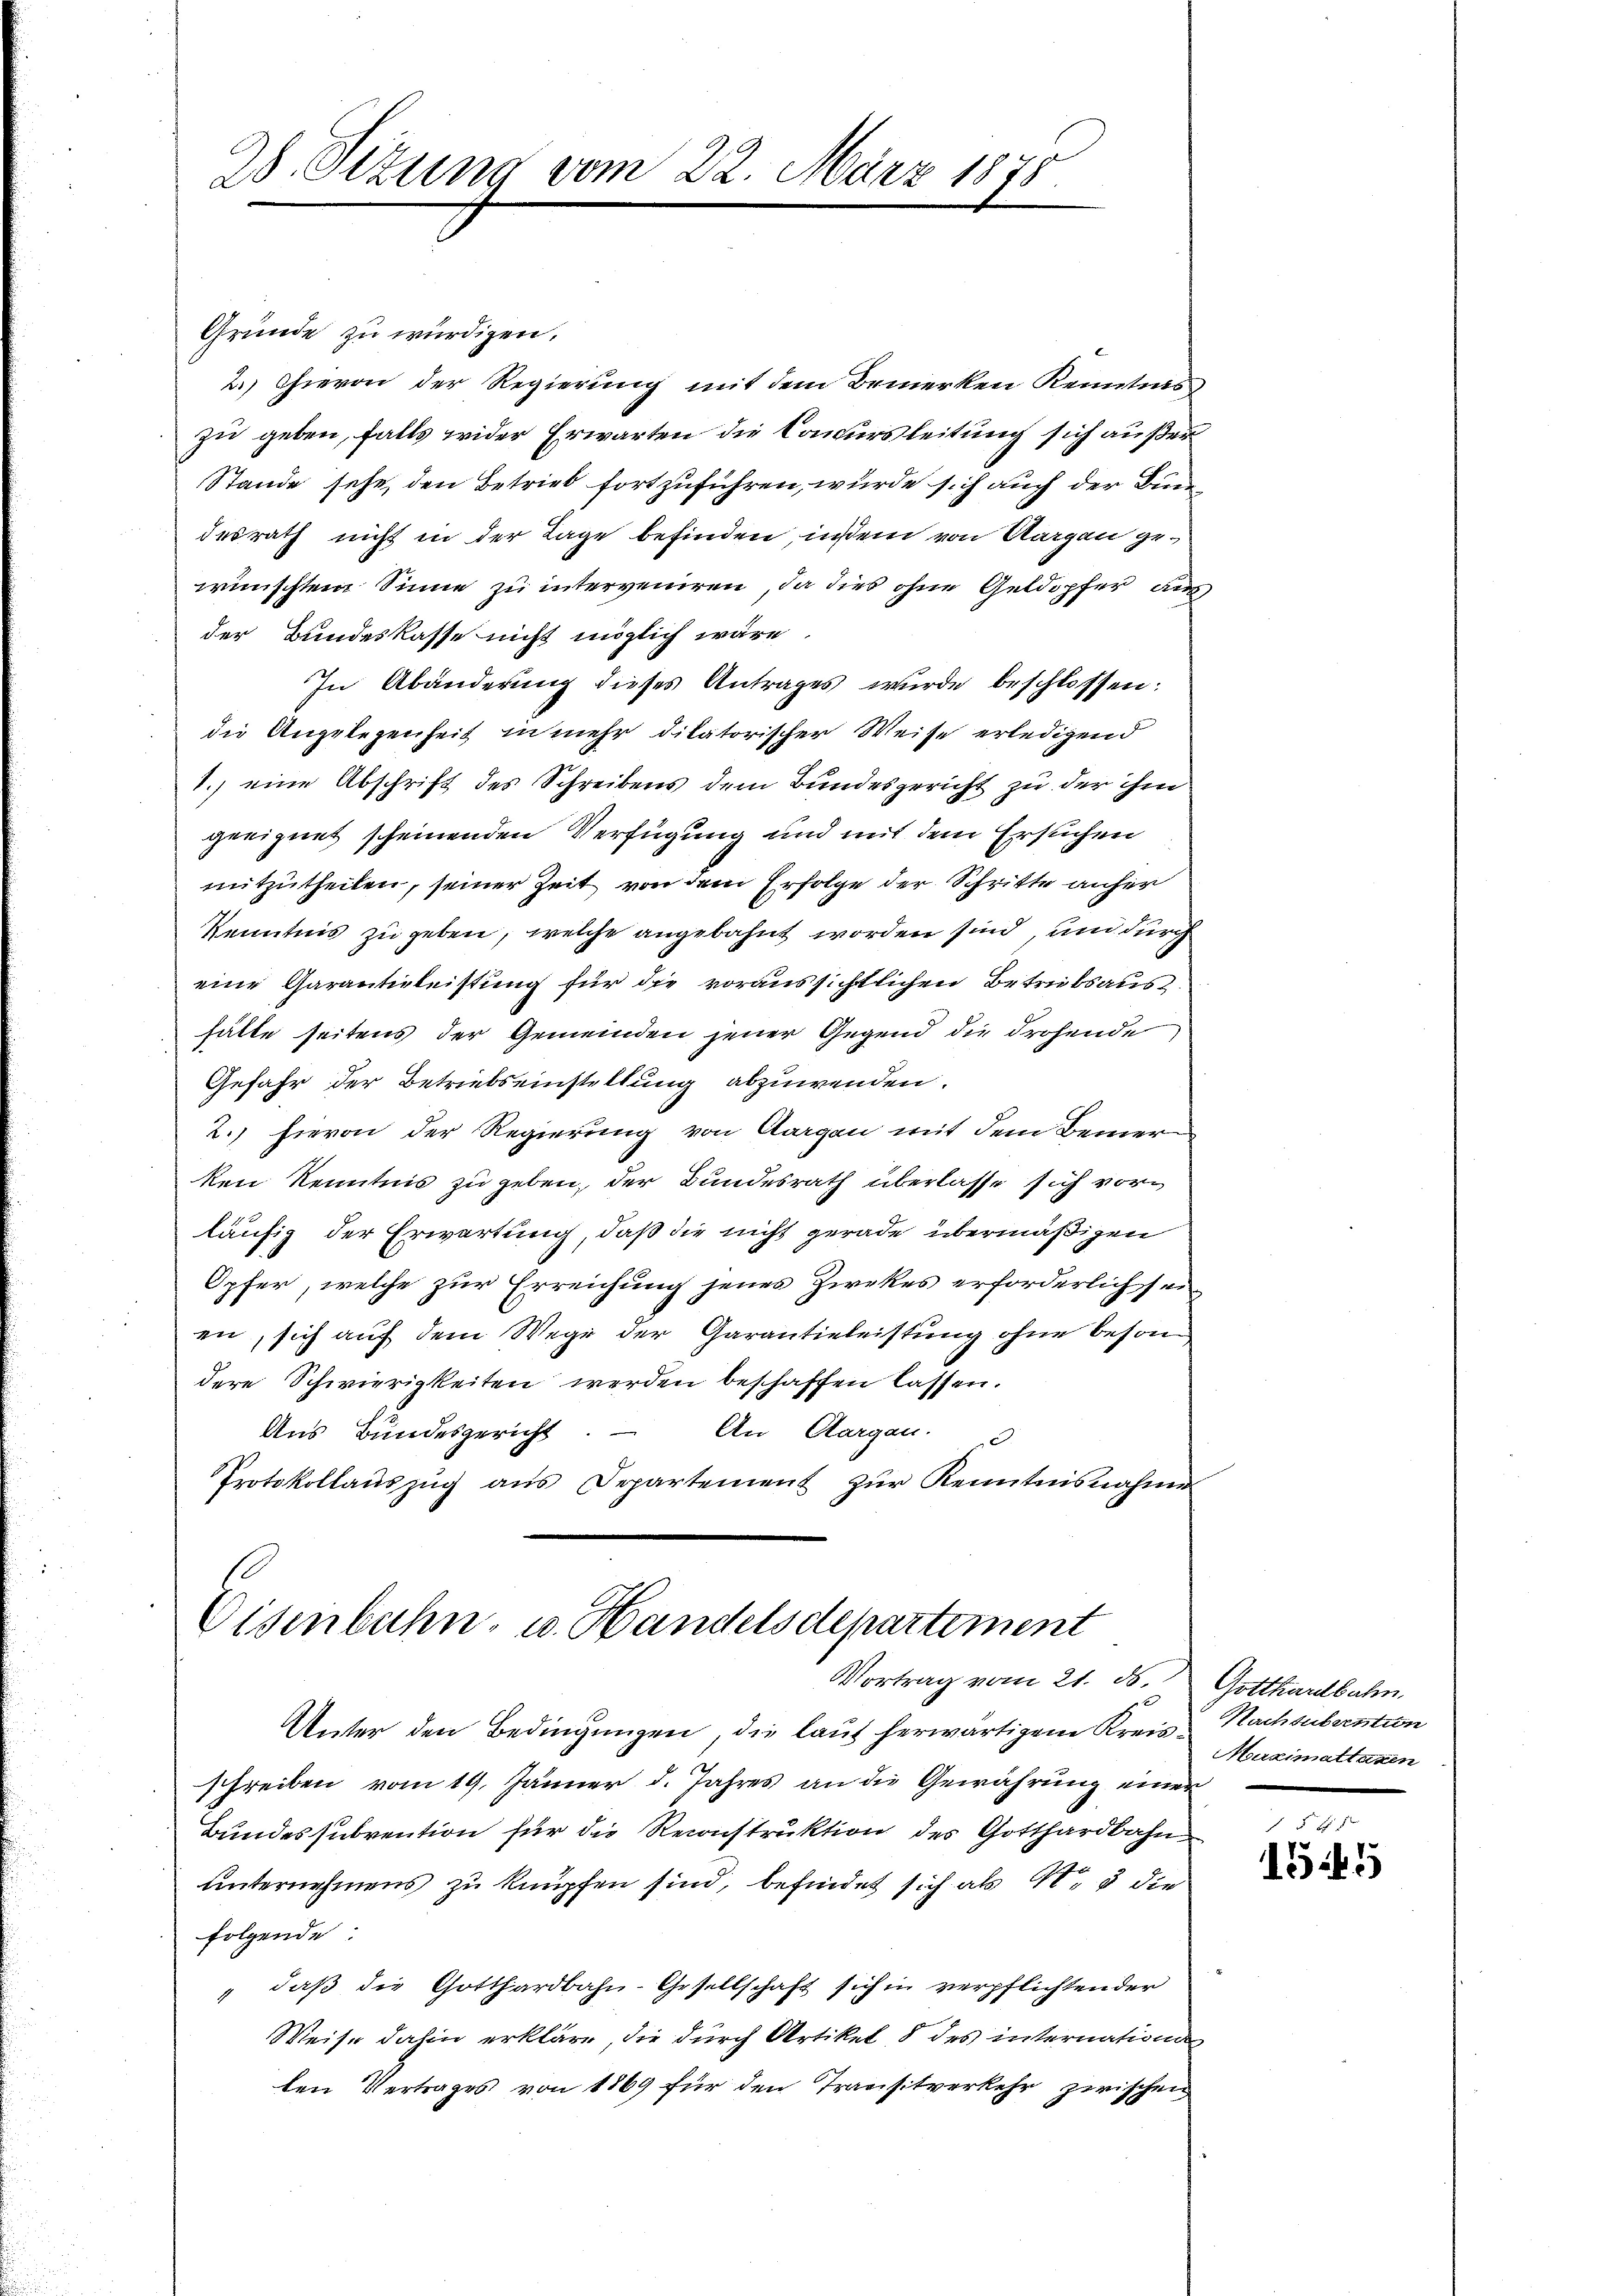
28. Sizung vom 22. März 1878

Gründe zu würdigen.
2.) hievon der Regierung mit dem Bemerken Kenntis
zu geben, falls wider Erwarten die Concursleitung sich außer
Stande sehe den Betrieb fortzuführen, wurde sich auch der Bundesrath nicht in der Tage befinden, indem von Aargau gewünschtem Sinne zu interveniren, da dies ohne Geldopfer ausder Bundeskasse nicht möglich wäre.
In Abänderung dieses Antrages wurde beschlossen:
die Angelegenheit in mehr dikatorischer Weise erledigend
1.) eine Abschrift des Schreibens dem Bundesgericht zu der ihm
geeignet scheinenden Verfügung und mit dem Ersuchen
mitzutheilen, seiner Zeit von dem Erfolge der Schritte anher
Kenntnis zu geben, welche angebahnt worden sind, und durch
eine Garantieleistung für die voraussichtlichen Betrübsaushälte seitens der Gemeinden jener Gegend die drohende
Gefahr der Betriebseinstellung abzuwenden.
2.) Hievon der Regierung von Aargau mit dem Bemein
ken Kenntnis zu geben, der Bundesrath überlasse sich vorläufig der Erwartung, daß die nicht gerade übermäßigen
Opfer, welche zur Erreichung jenes Zwekes erforderlich seien, sich auf dem Wege der Garantieleistung ohne besondere Schwierigkeiten werden beschaffen lassen.
Aus Bundesgericht. – An Aargau. d
Protokollauszug aus Departement zur Kenntnisnahme

Eisenbahn- u. Handelsdepartement
Vortrag vom 21. ds. Gotthardbahn.

Unter den Bedingungen, die laut herwärtigem Kreis- Nachsubvention
schreiben vom 19. Jänner d. Jahres an die Gewährung einer
Bundessubvention für die Reconstruktion des Gotthardbahnunternehmens zu knüpfen sind, befindet sich als 4, 5 die
folgende:
" daß die Gotthardbahn-Gesellschaft sich in verpflichten der
Weise dahin erkläre, die durch Artikel 8 des internations
ten Vertrages von 1869 für den Transitverkehr zwischen

Maximattaxen

5 f 12
145